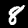
Digit: 8